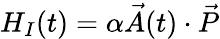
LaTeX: H_{I}(t)=\alpha\vec{A}(t)\cdot\vec{P}